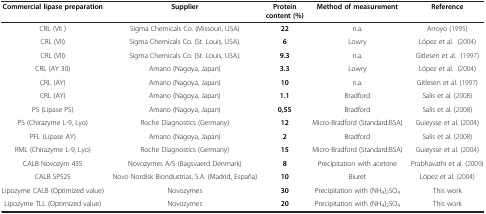
| Commercial lipase preparation | Supplier | Protein content (%) | Method of measurement | Reference |
 | --- | --- | --- | --- | --- |
 | CRL (VII ) | Sigma Chemicals Co. (Missouri, USA) | 22 | n.a. | Arroyo (1995) |
 | CRL (VII) | Sigma Chemicals Co. (St. Louis, USA). | 6 | Lowry | López et al. (2004) |
 | CRL (VII) | Sigma Chemicals Co. (St. Louis, USA). | 9.3 | n.a. | Gitlesen et al. (1997) |
 | CRL (AY 30) | Amano (Nagoya, Japan) | 3.3 | Lowry | López et al. (2004) |
 | CRL (AY) | Amano (Nagoya, Japan) | 10 | n.a. | Gitlesen et al. (1997) |
 | CRL (AY) | Amano (Nagoya, Japan) | 1.1 | Bradford | Salis et al. (2008) |
 | PS (Lipase PS) | Amano (Nagoya, Japan) | 0,55 | Bradford | Salis et al. (2008) |
 | PS (Chirazyme L-9, Lyo) | Roche Diagnostics (Germany) | 12 | Micro-Bradford (Standard:BSA) | Guieysse et al. (2004) |
 | PFL (Lipase AY) | Amano (Nagoya, Japan) | 2 | Bradford | Salis et al. (2008) |
 | RML (Chirazyme L-9, Lyo) | Roche Diagnostics (Germany) | 15 | Micro-Bradford (Standard:BSA) | Guieysse et al. (2004) |
 | CALB Novozym 435 | Novozymes A/S (Bagsvaerd Denmark) | 8 | Precipitation with acetone | Prabhavathi et al. (2009) |
 | CALB SP525 | Novo Nordisk Biondustrias, S.A. (Madrid, España) | 10 | Biuret | López et al. (2004) |
 | Lipozyme CALB (Optimized value) | Novozymes | 30 | Precipitation with (NH4)2SO4 | This work |
 | Lipozyme TLL (Optimized value) | Novozymes | 20 | Precipitation with (NH4)2SO4 | This work |